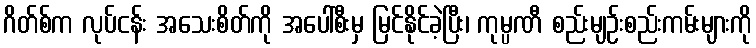
ဂိတ်စ်က လုပ်ငန်း အသေးစိတ်ကို အပေါ်စီးမှ မြင်နိုင်ခဲ့ပြီး၊ ကုမ္ပဏီ စည်းမျဉ်းစည်းကမ်းများကို